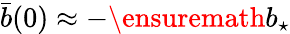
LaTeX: \bar{b}(0)\approx-\ensuremath{b_{\star}}